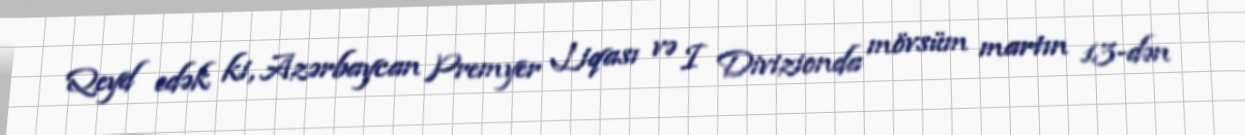
Qeyd edək ki, Azərbaycan Premyer Liqası və I Divizionda mövsüm martın 13-dən